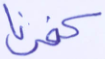
كفرنا